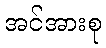
အင်အားစု